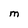
Character: M